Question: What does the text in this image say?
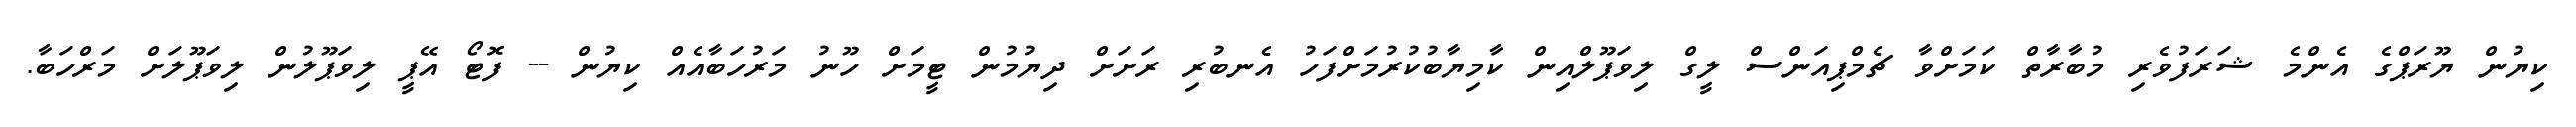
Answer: ކިޔުން ޔޫރަޕްގެ އެންމެ ޝަރަފުވެރި މުބާރާތް ކަމަށްވާ ޗެމްޕިއަންސް ލީގް ލިވަޕޫލްއިން ކާމިޔާބުކުރުމަށްފަހު އެނބުރި ރަށަށް ދިޔުމުން ޓީމަށް ހޫނު މަރުހަބާއެއް ކިޔުން -- ފޮޓޯ އޭޕީ ލިވަޕޫލުން ލިވަޕޫލަށް މަރްހަބާ.